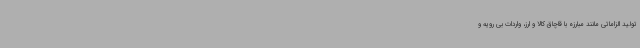
تولید الزاماتی مانند مبارزه با قاچاق کالا و ارز، واردات بی رویه و